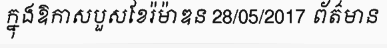
ក្នុងឱកាសបួសខែរ៉ម៉ាឌន 28/05/2017 ព័ត៌មាន